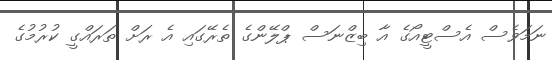
ނަމަވެސް އެސްޓީއޯގެ އާ ބިޒްނަސް ޕްލޭންގެ ތެރޭގައި އެ ރަށް ތަރައްގީ ކުރުމުގެ